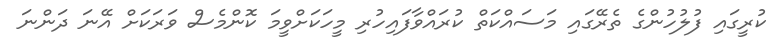
ކުރީގައި ފުލުހުންގެ ތެރޭގައި މަސައްކަތް ކުރައްވާފައިހުރި މީހަކަށްވީމަ ކޮންމެސް ވަރަކަށް އޭނަ ދަންނަ